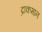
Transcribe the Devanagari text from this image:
द्राकमान